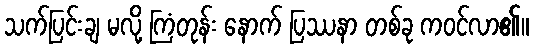
သက်ပြင်းချ မလို့ ကြံတုန်း နောက် ပြဿနာ တစ်ခု ကဝင်လာ၏။